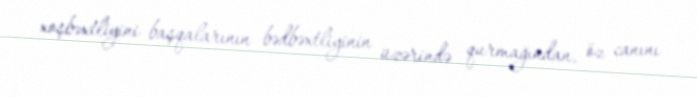
xoşbəxtliyini başqalarının bədbəxtliyinin üzərində qurmağından, öz canını